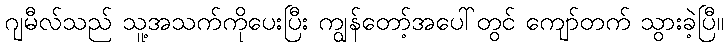
ဂျမီလ်သည် သူ့အသက်ကိုပေးပြီး ကျွန်တော့်အပေါ်တွင် ကျော်တက် သွားခဲ့ပြီ။